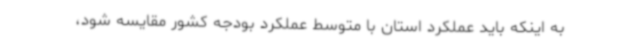
به اینکه باید عملکرد استان با متوسط عملکرد بودجه کشور مقایسه شود،